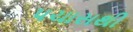
પચાસથી